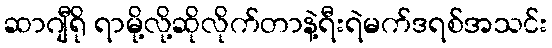
ဆာဂျီရို ရာမို့လို့ဆိုလိုက်တာနဲ့ရီးရဲမက်ဒရစ်အသင်း